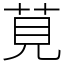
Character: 莧